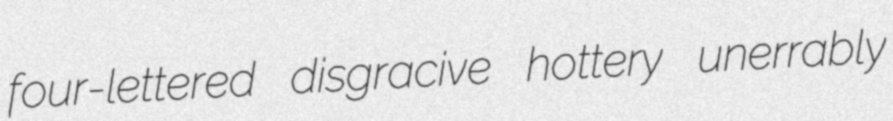
four-lettered disgracive hottery unerrably